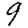
Digit: 9